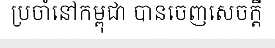
ប្រចាំនៅកម្ពុជា បានចេញសេចក្តី